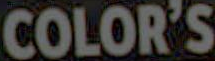
COLOR'S